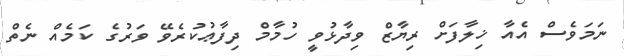
ނަމަވެސް އެއާ ޚިލާފަށް ރިޔާޒް ވިދާޅުވީ ހުމާމް ދިފާޢުކުރެވޭ ވަރުގެ ކަމެއް ނެތް